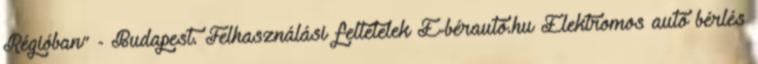
Régióban” - Budapest. Felhasználási feltételek E-bérautó.hu Elektromos autó bérlés